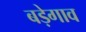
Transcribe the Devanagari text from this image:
बड़ेगाव